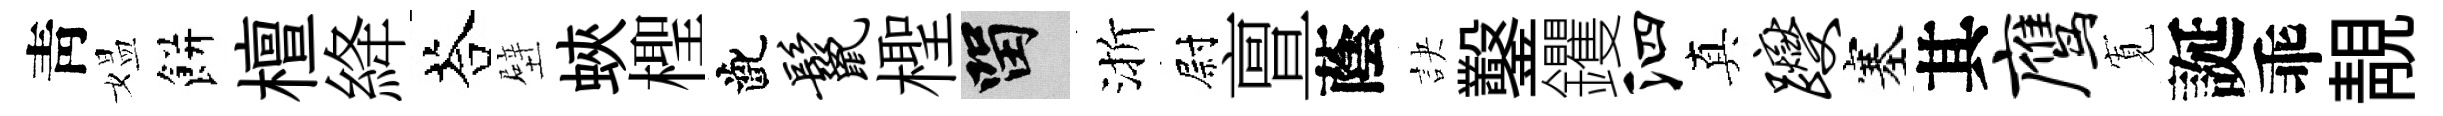
靑媪餅檀絳荅壁蛺檉齔鬣檉留渐尉亶蔭訣鑿钁泗真躞塞其鹰𡩖誕乖靚